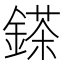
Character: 𨪩